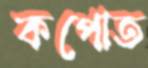
কপোত